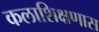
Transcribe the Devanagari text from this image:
कलाशिक्षणास